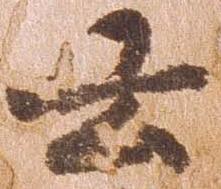
云